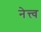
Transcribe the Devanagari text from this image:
नेत्त्व